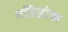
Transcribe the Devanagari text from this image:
गडिहोक